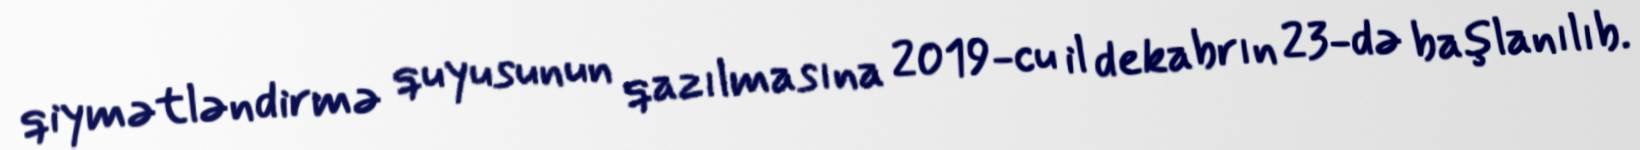
qiymətləndirmə quyusunun qazılmasına 2019-cu il dekabrın 23-də başlanılıb.